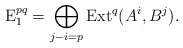
\begin{align*}{\rm E}_1^{pq}=\bigoplus_{j-i=p}{\rm Ext}^q(A^i,B^j).\end{align*}